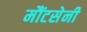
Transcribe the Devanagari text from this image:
मौंटसेनी